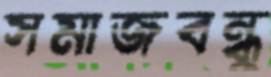
সমাজবন্ধু